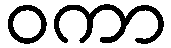
ဝကာ